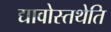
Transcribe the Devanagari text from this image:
द्यावोस्तथेति